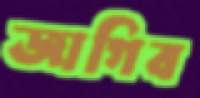
জাগিব